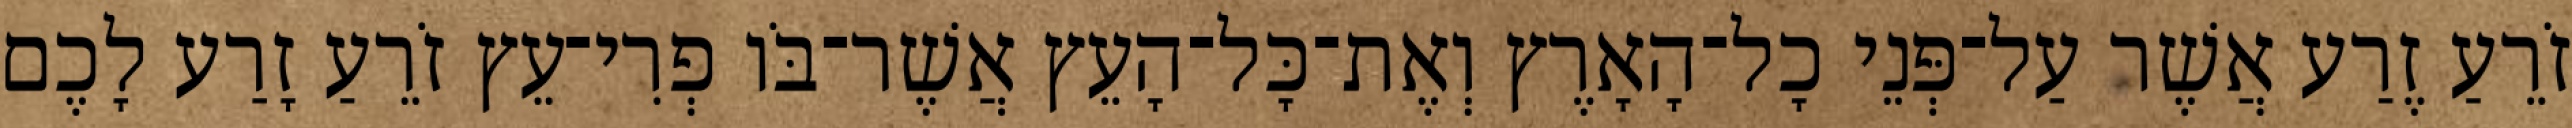
זֹרֵעַ זֶרַע אֲשֶׁר עַל־פְּנֵי כָל־הָאָרֶץ וְאֶת־כָּל־הָעֵץ אֲשֶׁר־בֹּו פְרִי־עֵץ זֹרֵעַ זָרַע לָכֶם